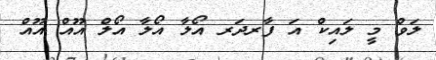
ލަވް މީ ލައިކް އަ ފާރދަރ އޯލާ އޯލާ އޯލް އޫއް އޫއް